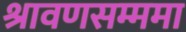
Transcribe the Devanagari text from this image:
श्रावणसम्ममा